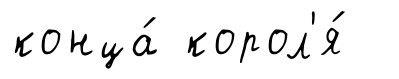
конца́ корол'я́